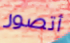
أتصور